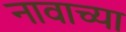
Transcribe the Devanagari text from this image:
नावाच्‍या